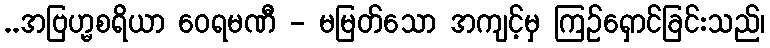
..အဗြဟ္မစရိယာ ဝေရမဏီ - မမြတ်သော အကျင့်မှ ကြဉ်ရှောင်ခြင်းသည်၊